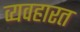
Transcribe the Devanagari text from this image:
व्‍यवहारत